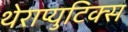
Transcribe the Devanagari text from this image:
थेराप्युटिक्स